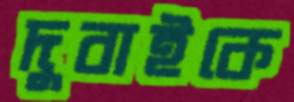
দুবাইকে